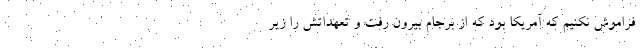
فراموش نکنیم که آمریکا بود که از برجام بیرون رفت و تعهداتش را زیر